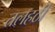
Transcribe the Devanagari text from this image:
तलहठी